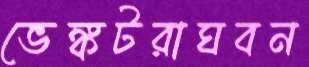
ভেঙ্কটরাঘবন